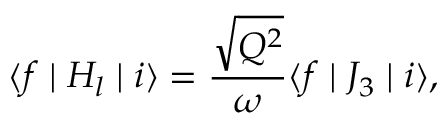
\langle f \mid H _ { l } \mid i \rangle = \frac { \sqrt { Q ^ { 2 } } } { \omega } \langle f \mid J _ { 3 } \mid i \rangle ,